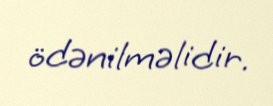
ödənilməlidir.